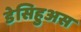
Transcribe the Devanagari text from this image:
डेसिहुअस